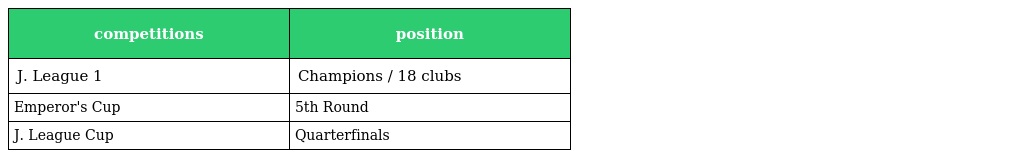
| competitions | position |
 | --- | --- |
 | J. League 1 | Champions / 18 clubs |
 | Emperor's Cup | 5th Round |
 | J. League Cup | Quarterfinals |